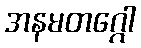
အနမတဂ္ဂေါ